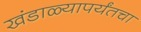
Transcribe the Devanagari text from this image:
खंडाळ्यापर्यंतचा